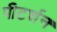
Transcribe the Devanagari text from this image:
पीटर्शन